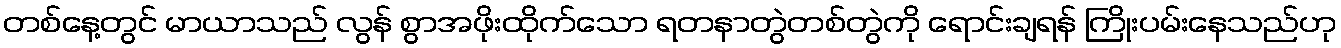
တစ်နေ့တွင် မာယာသည် လွန် စွာအဖိုးထိုက်သော ရတနာတွဲတစ်တွဲကို ရောင်းချရန် ကြိုးပမ်းနေသည်ဟု